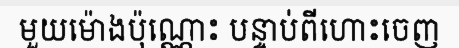
មួយម៉ោងប៉ុណ្ណោះ បន្ទាប់ពីហោះចេញ